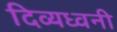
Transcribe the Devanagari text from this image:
दिव्यध्वनी